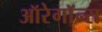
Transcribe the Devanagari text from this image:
ऑरेगॉन्स